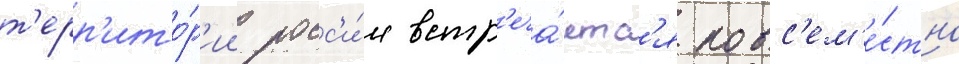
т'ерр'ито́р'ии росс'и́и встр'еча́етс'я повс'ем'е́стно